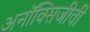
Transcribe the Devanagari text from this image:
अनॉक्सिजीवी